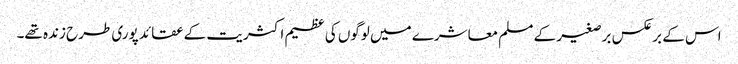
اس کے برعکس برصغیر کے مسلم معاشرے میں لوگوں کی عظیم اکثریت کے عقائد پوری طرح زندہ تھے۔